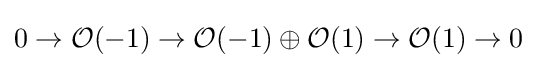
0\to {\mathcal {O}}(-1)\to {\mathcal {O}}(-1)\oplus {\mathcal {O}}(1)\to {\mathcal {O}}(1)\to 0